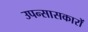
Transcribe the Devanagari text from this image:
उपन्सासकारों